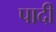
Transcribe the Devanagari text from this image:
पादी